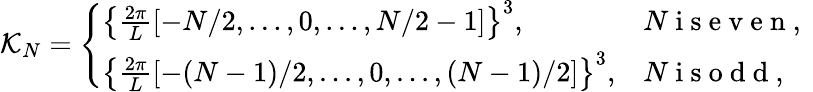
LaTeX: \mathcal{K}_{N}=\left\{ \begin{array}{ll}{\left\{ \frac{2\pi}{L}[-N/2,...,0,...,N/2-1]\right\} ^{3},}&{N\mathrm{~i~s~e~v~e~n~,~}}\\ {\left\{ \frac{2\pi}{L}[-(N-1)/2,...,0,...,(N-1)/2]\right\} ^{3},}&{N\mathrm{~i~s~o~d~d~,~}}\end{array}\right.